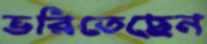
ভরিতেছেন